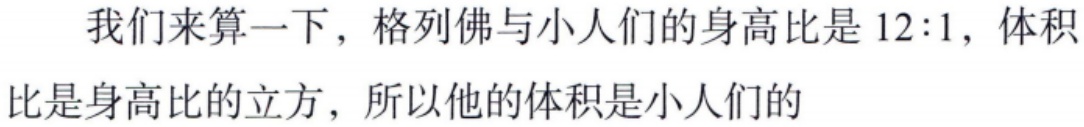
我们来算一下，格列佛与小人们的身高比是 \(12:1\)，体积比是身高比的立方，所以他的体积是小人们的